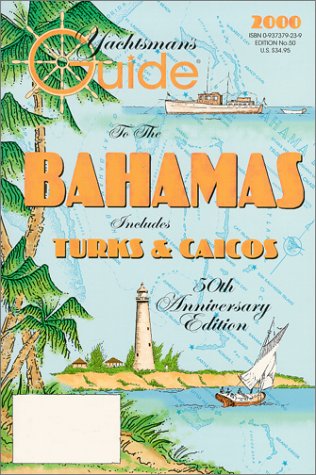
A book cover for The Yachtman's Guide to the Bahamas : 50th Anniversary 2000 Edition; Meredith Feilds; Travel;